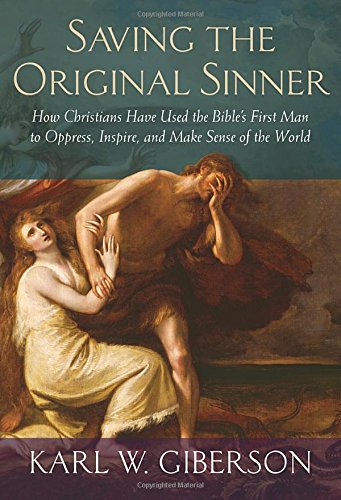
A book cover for Saving the Original Sinner: How Christians Have Used the Bible's First Man to Oppress, Inspire, and Make Sense of the World; Karl W. Giberson; Christian Books & Bibles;